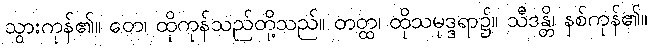
သွားကုန်၏။ တေ၊ ထိုကုန်သည်တို့သည်။ တတ္ထ၊ ထိုသမုဒ္ဒရာ၌။ သီဒန္တိ၊ နစ်ကုန်၏။